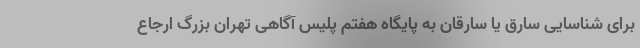
برای شناسایی سارق یا سارقان به پایگاه هفتم پلیس آگاهی تهران بزرگ ارجاع